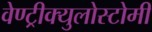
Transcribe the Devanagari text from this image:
वेण्ट्रीक्युलोस्टोमी